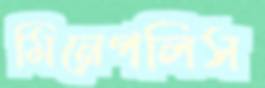
মিনেপলিস